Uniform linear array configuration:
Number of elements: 64
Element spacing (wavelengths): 0.25
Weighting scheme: uniform
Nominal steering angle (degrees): -60
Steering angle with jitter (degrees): -60.004
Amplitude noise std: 0.05
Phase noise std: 0.05

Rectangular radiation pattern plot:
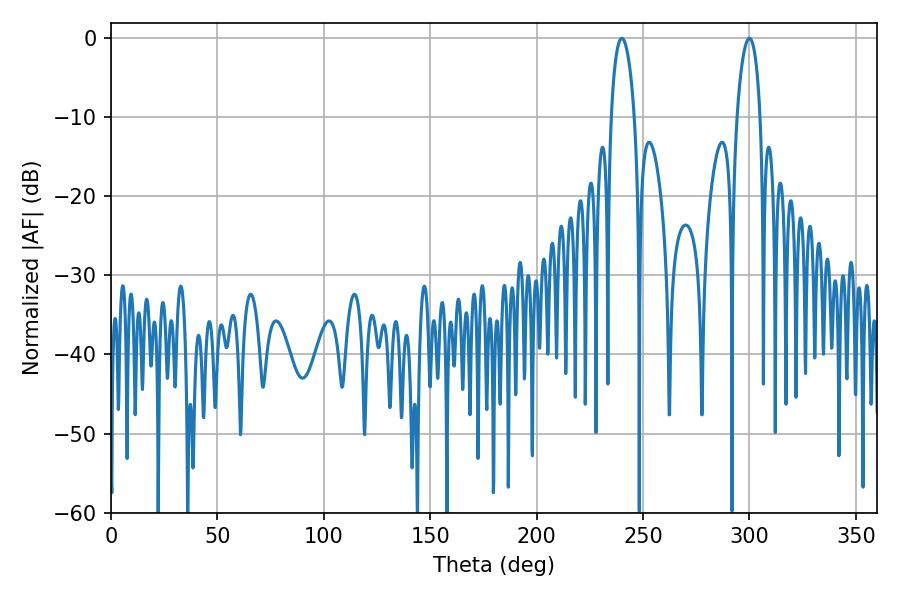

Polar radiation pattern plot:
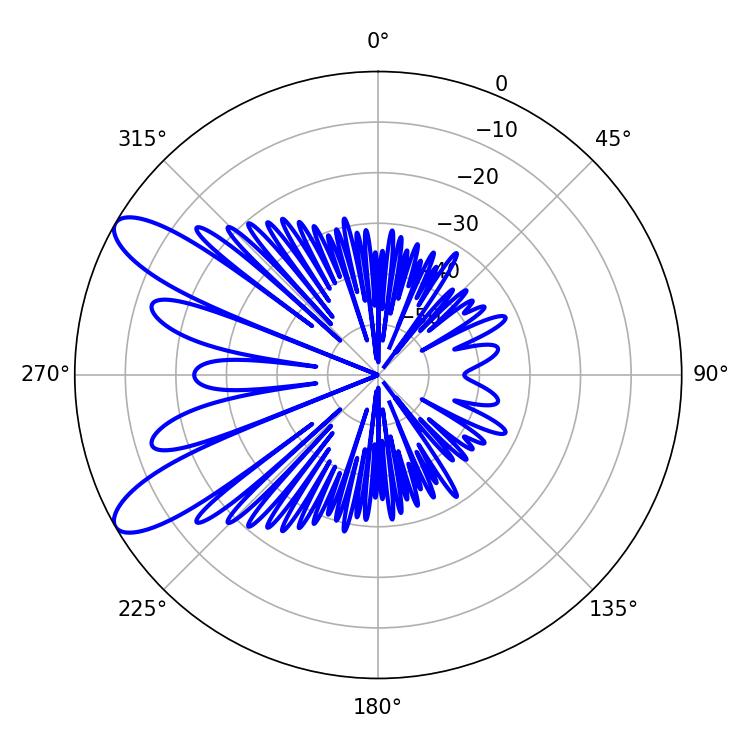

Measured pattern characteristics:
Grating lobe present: FALSE
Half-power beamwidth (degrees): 6.3
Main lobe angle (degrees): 239.94